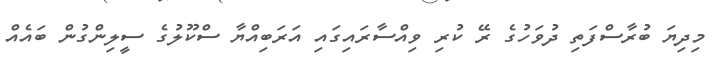
މިދިޔަ ބުރާސްފަތި ދުވަހުގެ ރޭ ކުރި ވިއްސާރައިގައި އަރަބިއްޔާ ސްކޫލުގެ ސީލިންގުން ބައެއް